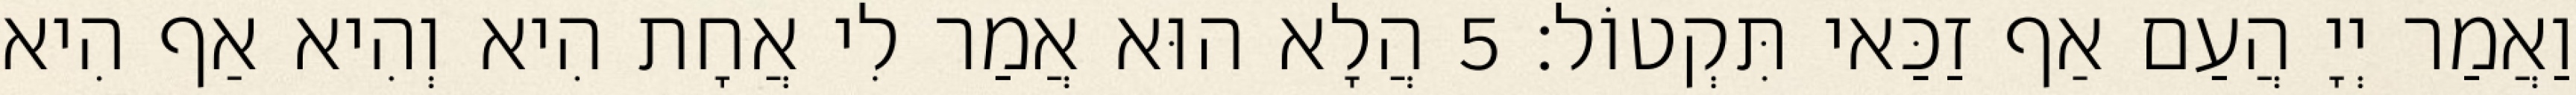
וַאֲמַר יְיָ הֲעַם אַף זַכַּאי תִּקְטוֹל׃ 5 הֲלָא הוּא אֲמַר לִי אֲחָת הִיא וְהִיא אַף הִיא